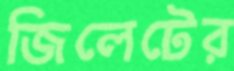
জিলেটের